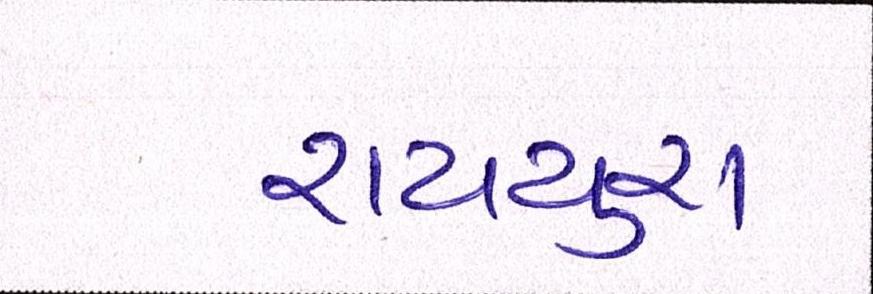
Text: રાયચુરા